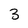
Character: 3